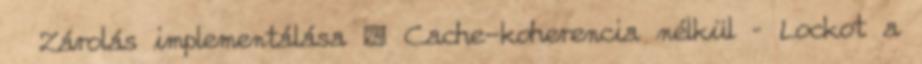
Zárolás implementálása ● Cache-koherencia nélkül – Lockot a